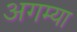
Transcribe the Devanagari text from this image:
अगम्या